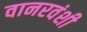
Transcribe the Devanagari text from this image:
वानरवंशी